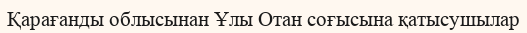
Қарағанды облысынан Ұлы Отан соғысына қатысушылар